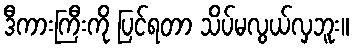
ဒီကားကြီးကို ပြင်ရတာ သိပ်မလွယ်လှဘူး။